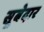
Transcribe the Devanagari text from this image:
सूबेदार